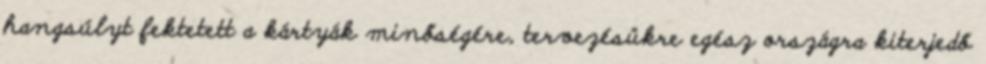
hangsúlyt fektetett a kártyák minőségére, tervezésükre egész országra kiterjedő